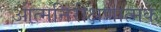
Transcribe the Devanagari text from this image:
आत्मनिरीक्षणात्मक